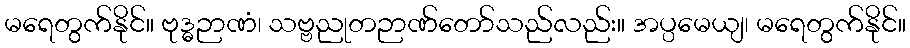
မရေတွက်နိုင်။ ဗုဒ္ဓဉာဏံ၊ သဗ္ဗညုတဉာဏ်တော်သည်လည်း။ အပ္ပမေယျ၊ မရေတွက်နိုင်။